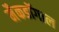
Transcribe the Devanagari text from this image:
मैकडॉगाल